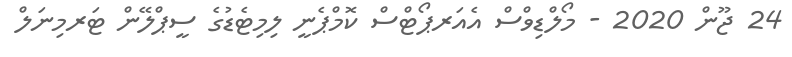
24 ޖޫން 2020 - މޯލްޑިވްސް އެއަރޕޯޓްސް ކޮމްޕެނީ ލިމިޓެޑުގެ ސީޕްލޭން ޓަރމިނަލް